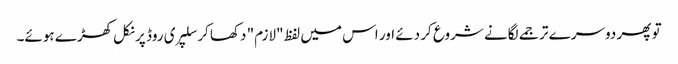
تو پھر دوسرے ترجمے لگانے شروع کر دئے اور اس میں لفظ "لازم" دکھا کر سلپری روڈ پر نکل کھڑے ہوئے۔